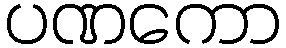
ပဏကော